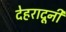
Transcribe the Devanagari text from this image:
देहरादूनी